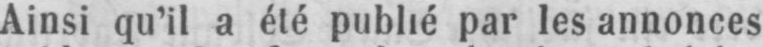
Ainsi qu’il a été publié par les annonces